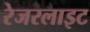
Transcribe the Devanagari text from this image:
रेजरलाइट